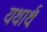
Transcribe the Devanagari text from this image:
यथार्थः